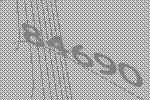
84690